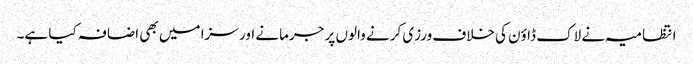
انتظامیہ نے لاک ڈاؤن کی خلاف ورزی کرنے والوں پر جرمانے اور سزا میں بھی اضافہ کیا ہے۔